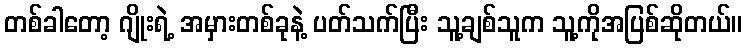
တစ်ခါတော့ ဂျိုးရဲ့ အမှားတစ်ခုနဲ့ ပတ်သက်ပြီး သူ့ချစ်သူက သူ့ကိုအပြစ်ဆိုတယ်။